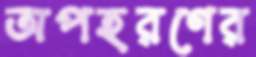
অপহরণের